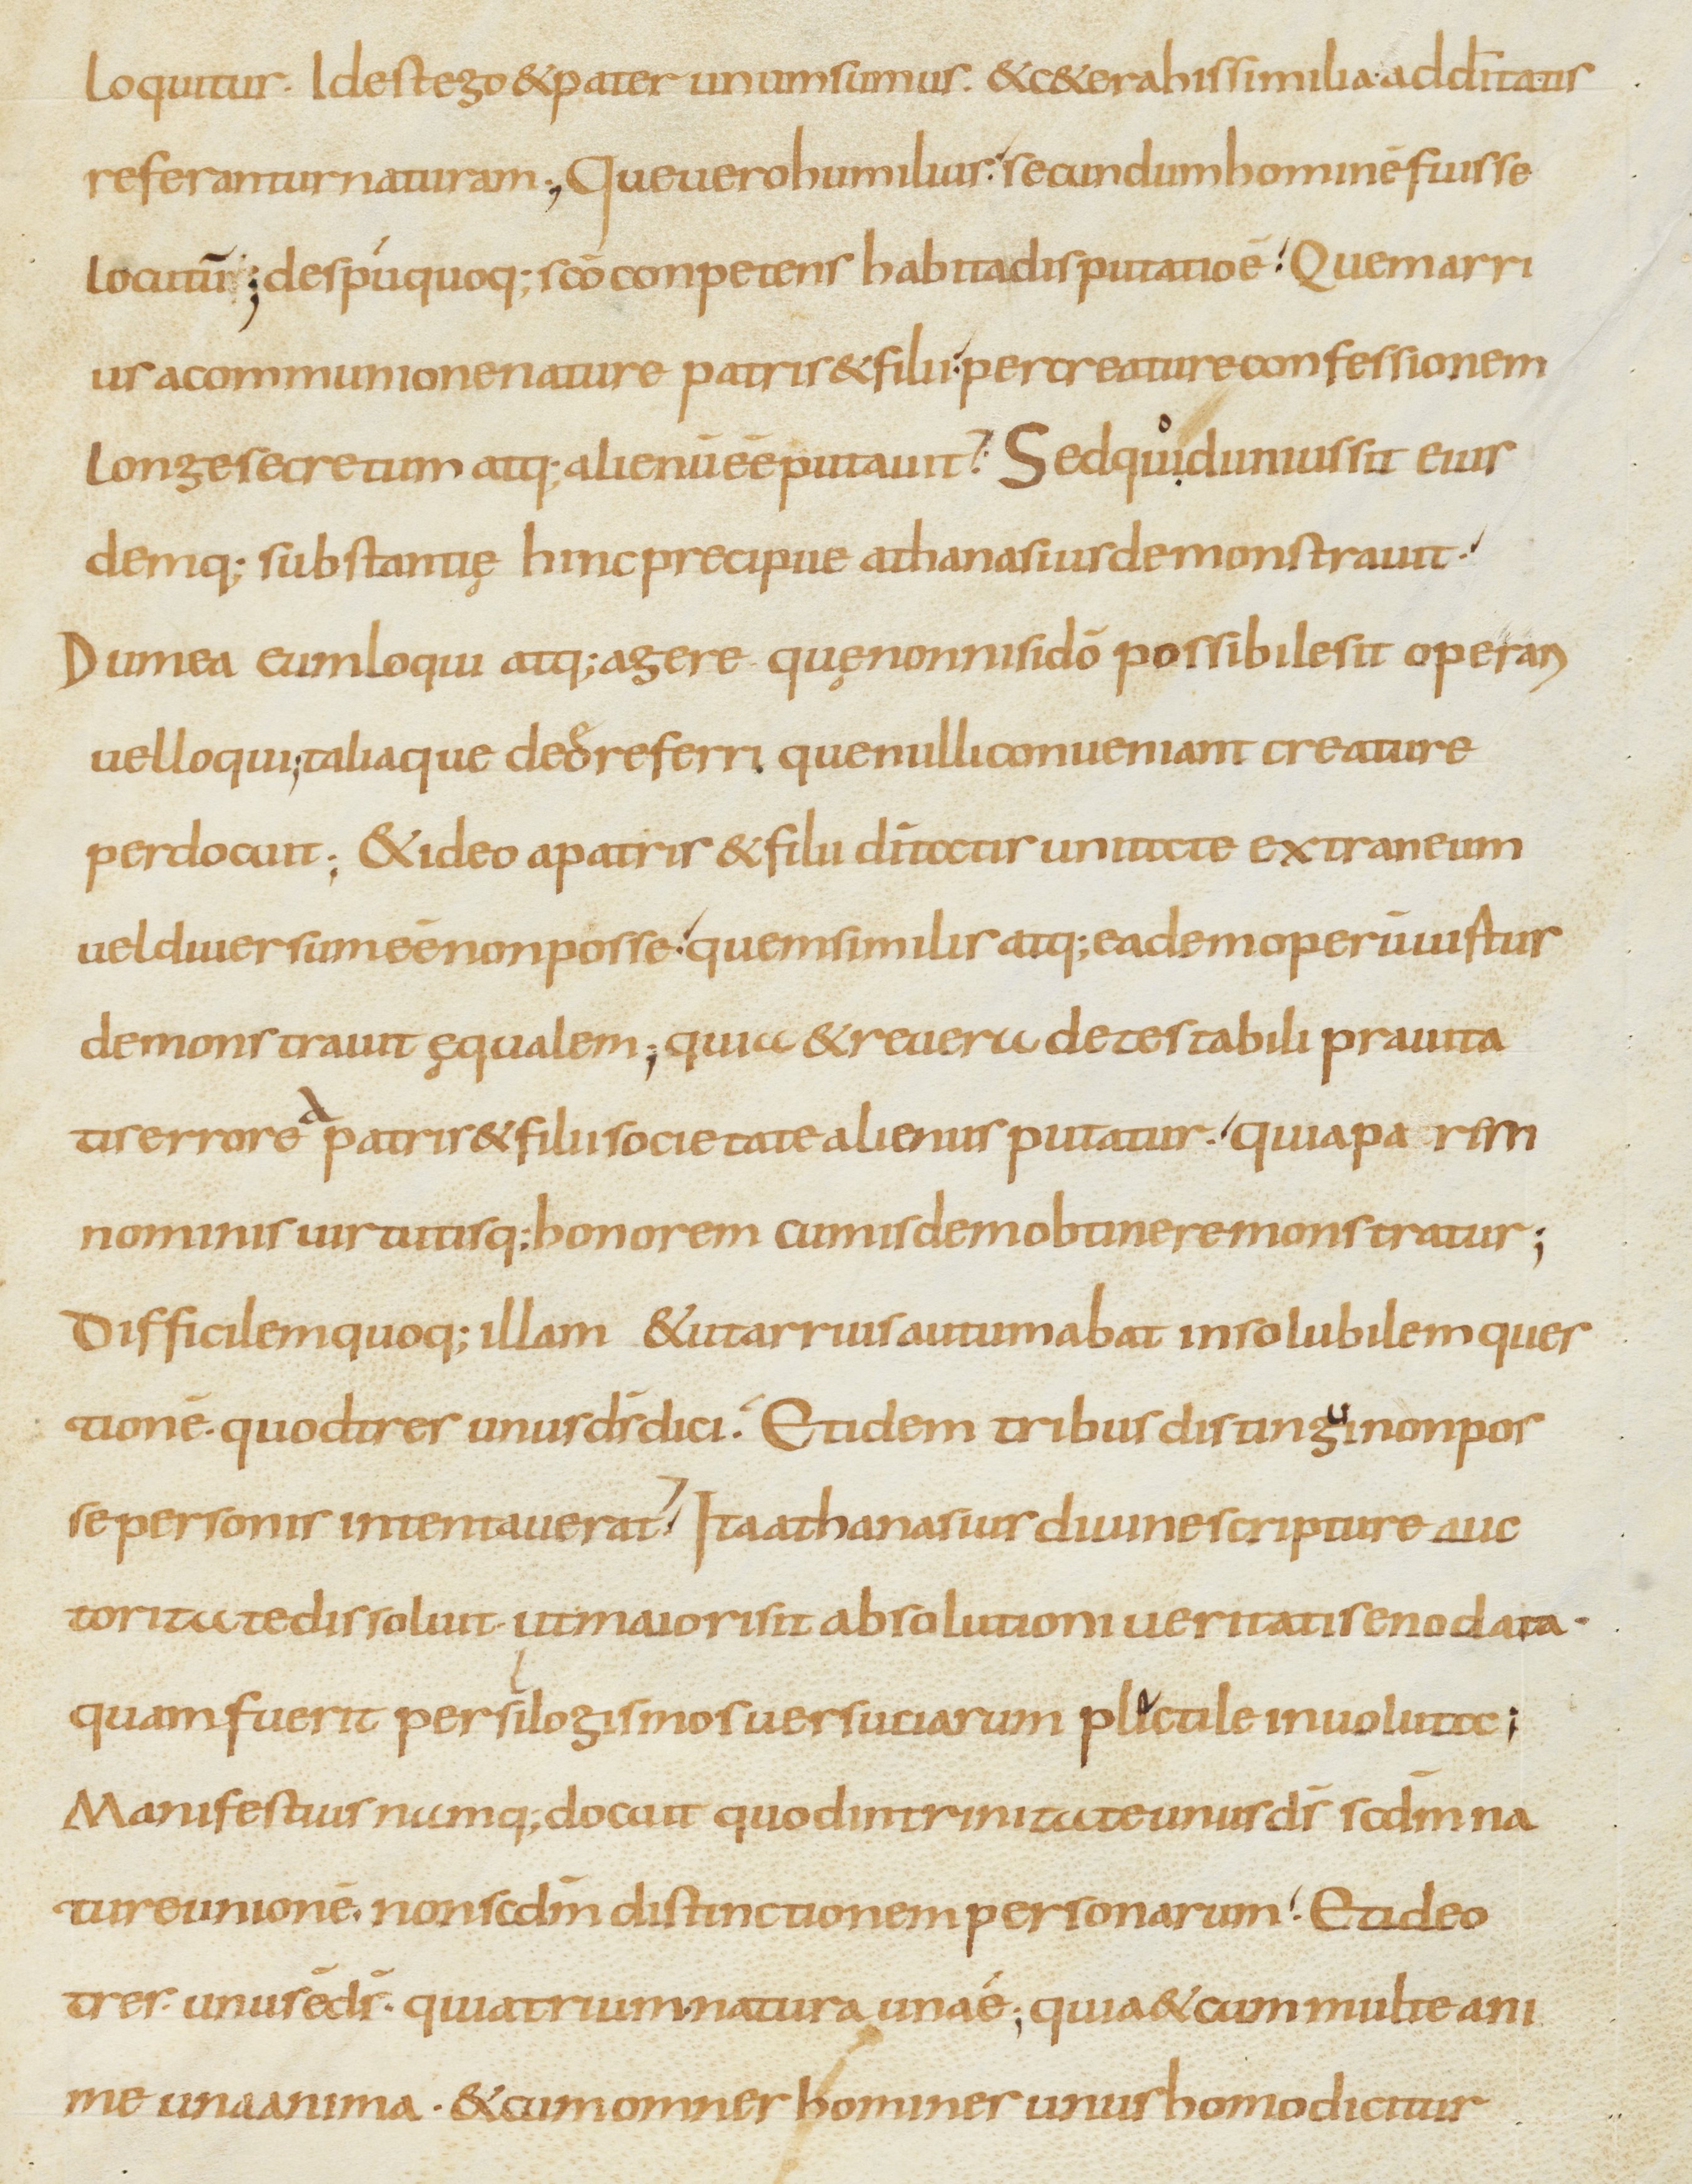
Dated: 800–899